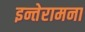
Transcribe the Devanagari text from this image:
इन्तेरामना